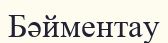
Бәйментау